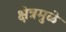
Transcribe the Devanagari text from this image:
क्षेत्रमुळे